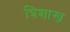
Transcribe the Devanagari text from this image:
त्रिशाख